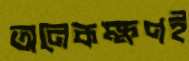
অনেকক্ষণই